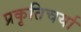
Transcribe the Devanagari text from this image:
प्रकृतिचर्या